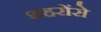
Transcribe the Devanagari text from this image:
शहरोंसे